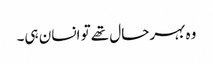
وہ بہرحال تھے تو انسان ہی۔